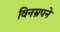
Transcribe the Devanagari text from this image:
विनम्रपने